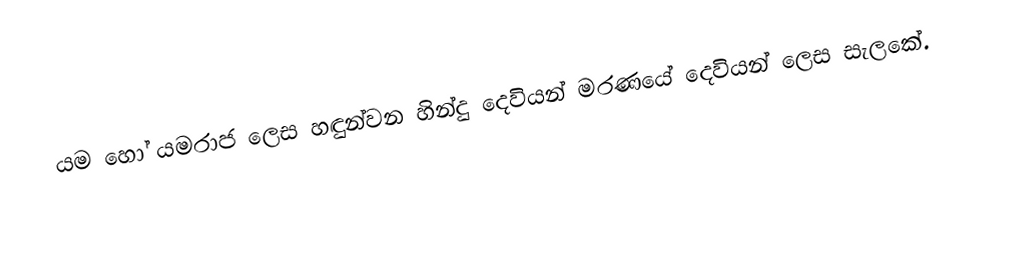
යම හෝ යමරාජ ලෙස හඳුන්වන හින්දු දෙවියන් මරණයේ දෙවියන් ලෙස සැලකේ.